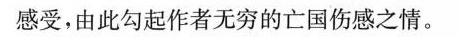
感受，由此勾起作者无穷的亡国伤感之情。